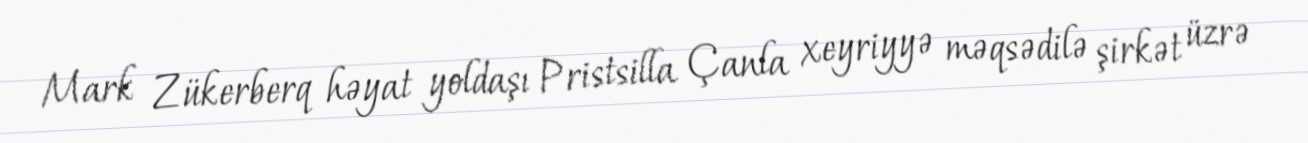
Mark Zükerberq həyat yoldaşı Pristsilla Çanla xeyriyyə məqsədilə şirkət üzrə